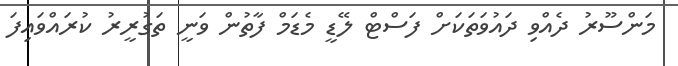
މަންސޫރު ދެއްވި ދައުވަތަކަށް ފަސްޓް ލޭޑީ މެޑަމް ފާތުން ވަނީ ތަގުރީރު ކުރައްވައިފަ